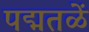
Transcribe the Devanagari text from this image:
पद्मतळें